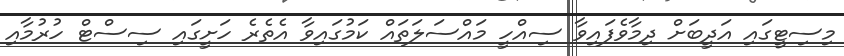
މިސިޓީގައި އަދީބަށް ދިމާވެފައިވާ ސިއްހީ މައްސަލަތައް ކަމުގައިވާ އެތެރެ ހަށީގައި ސިސްޓް ހުރުމާއި